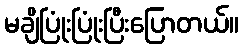
မချိပြုံးပြုံးပြီးပြောတယ်။